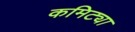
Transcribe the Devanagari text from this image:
कमिट्या